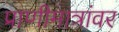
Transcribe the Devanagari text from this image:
प्राणीमात्रांवर